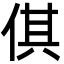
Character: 倛